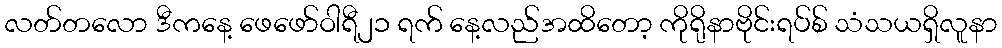
လတ်တလော ဒီကနေ့ ဖေဖော်ဝါရီ၂၁ ရက် နေ့လည်အထိတော့ ကိုရိုနာဗိုင်းရပ်စ် သံသယရှိလူနာ